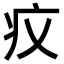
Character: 𤴧